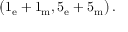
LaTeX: \bigl ( 1 _ { \mathrm { e } } + 1 _ { \mathrm { m } } , 5 _ { \mathrm { e } } + 5 _ { \mathrm { m } } \bigr ) \, .